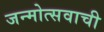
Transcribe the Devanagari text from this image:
जन्मोत्सवाची